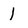
Character: l